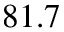
8 1 . 7